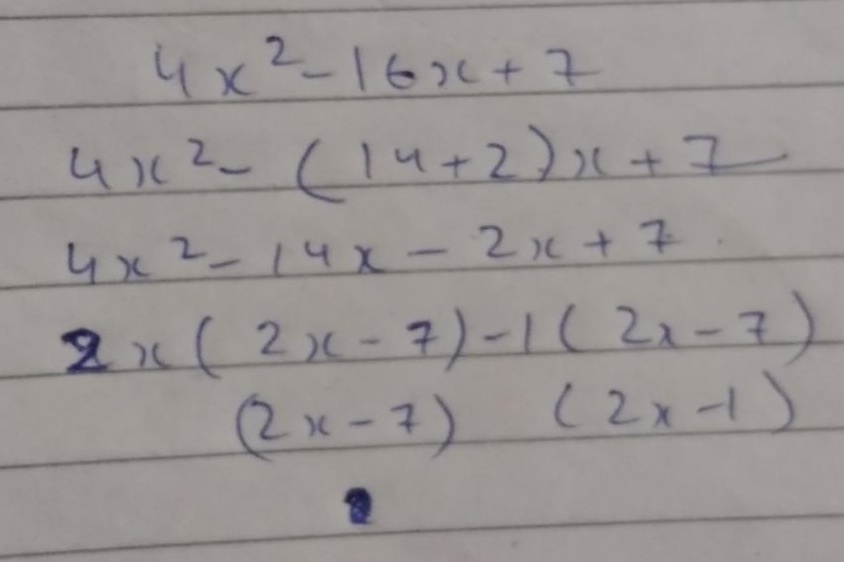
\[
\begin{align*}
&4x^{2}-16x + 7\\
=&4x^{2}-(14 + 2)x+7\\
=&4x^{2}-14x-2x + 7\\
=&2x(2x - 7)-1(2x - 7)\\
=&(2x - 7)(2x - 1)
\end{align*}
\]